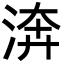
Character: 渀